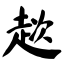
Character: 趑